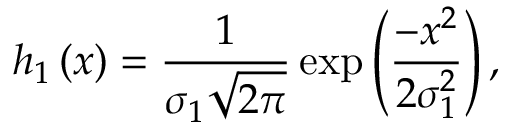
h _ { 1 } \left( x \right) = \frac { 1 } { \sigma _ { 1 } \sqrt { 2 \pi } } \exp \left( \frac { - x ^ { 2 } } { 2 \sigma _ { 1 } ^ { 2 } } \right) ,